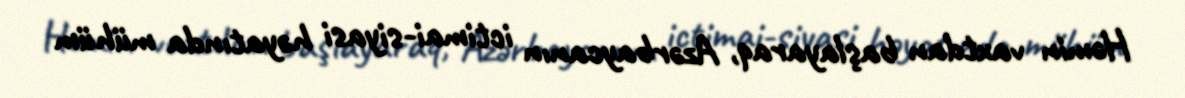
Həmin vaxtdan başlayaraq, Azərbaycanın ictimai-siyasi həyatında mühüm